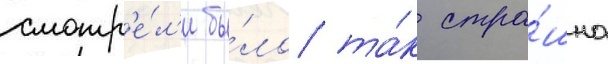
смотр'е́л'и бы́ло та́к стра́шно